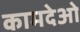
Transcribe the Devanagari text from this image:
कामदेओ